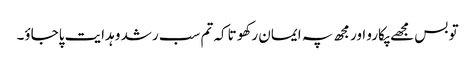
تو بس مجھے پکارو اور مجھ پہ ایمان رکھو تاکہ تم سب رشد و ہدایت پاجاؤ۔